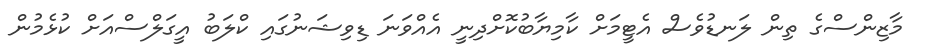
މާޒިންސްގެ ތިން ލަނޑުވެސް އެޓީމަށް ކާމިޔާބުކޮށްދިނީ އެއްވަނަ ޑިވިޝަނުގައި ކްލަބު އީގަލްސްއަށް ކުޅެމުން